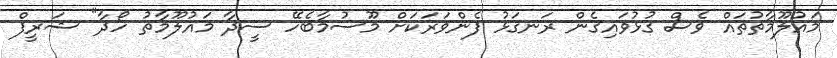
މައުލޫމާތުތައް ވެސް ގުޅުވައިގެން ރަނގަޅު ފެންވަރަކަށް މޫސުމާބެހޭ ސީދާ މައުލޫމާތު ހޯދާ" ޝަރީފް